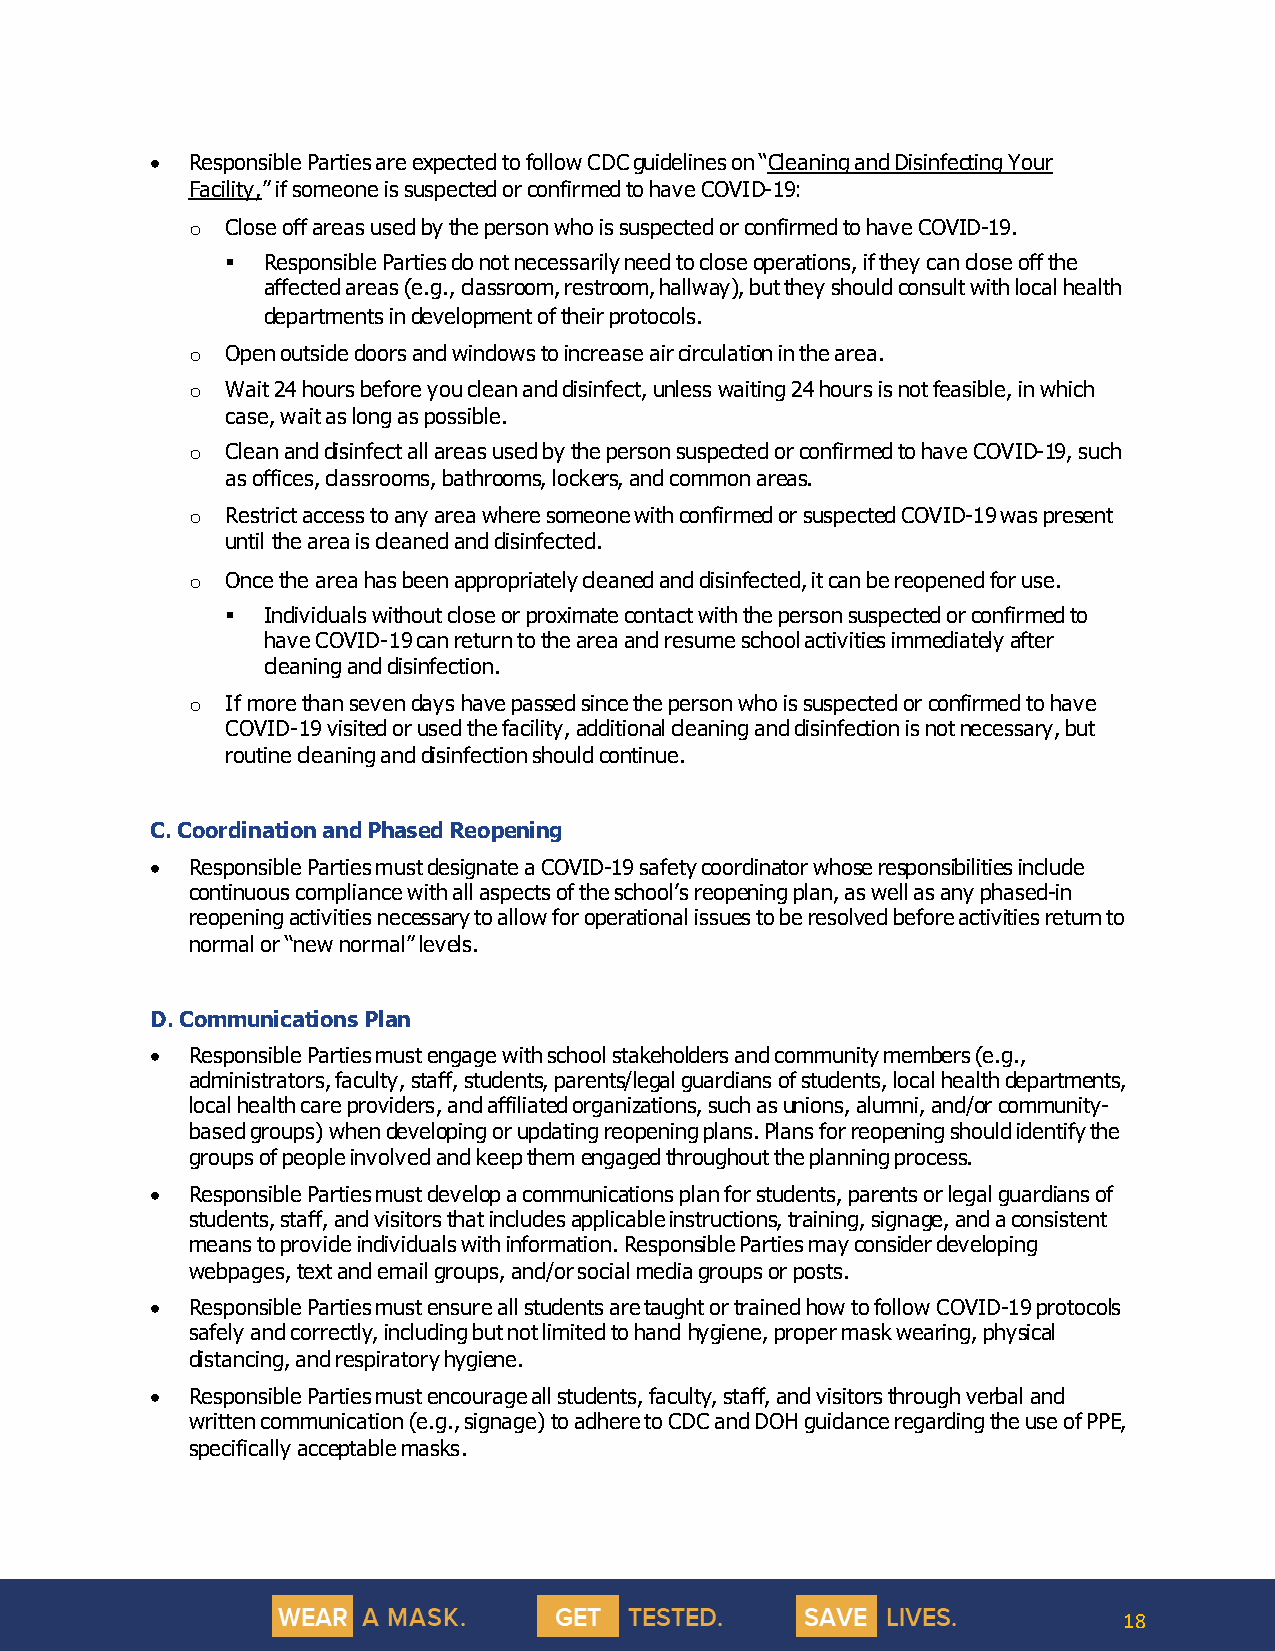
• Responsible Parties are expected to follow CDC guidelines on “Cleaning and Disinfecting Your
 Facility,” if someone is suspected or confirmed to have COVID-19:
 o  Close off areas used by the person who is suspected or confirmed to have COVID-19.
 ▪ Responsible Parties do not necessarily need to close operations, if they can close off the
 affected areas (e.g., classroom, restroom, hallway), but they should consult with local health
 departments in development of their protocols.
 o  Open outside doors and windows to increase air circulation in the area.
 o  Wait 24 hours before you clean and disinfect, unless waiting 24 hours is not feasible, in which
 case, wait as long as possible.
 o  Clean and disinfect all areas used by the person suspected or confirmed to have COVID-19, such
 as offices, classrooms, bathrooms, lockers, and common areas.
 o  Restrict access to any area where someone with confirmed or suspected COVID-19 was present
 until the area is cleaned and disinfected.
 o  Once the area has been appropriately cleaned and disinfected, it can be reopened for use.
 ▪ Individuals without close or proximate contact with the person suspected or confirmed to
 have COVID-19 can return to the area and resume school activities immediately after
 cleaning and disinfection.
 o  If more than seven days have passed since the person who is suspected or confirmed to have
 COVID-19 visited or used the facility, additional cleaning and disinfection is not necessary, but
 routine cleaning and disinfection should continue.
 C. Coordination and Phased Reopening
 • Responsible Parties must designate a COVID-19 safety coordinator whose responsibilities include
 continuous compliance with all aspects of the school’s reopening plan, as well as any phased-in
 reopening activities necessary to allow for operational issues to be resolved before activities return to
 normal or “new normal” levels.
 D. Communications Plan
 • Responsible Parties must engage with school stakeholders and community members (e.g.,
 administrators, faculty, staff, students, parents/legal guardians of students, local health departments,
 local health care providers, and affiliated organizations, such as unions, alumni, and/or community-
 based groups) when developing or updating reopening plans. Plans for reopening should identify the
 groups of people involved and keep them engaged throughout the planning process.
 • Responsible Parties must develop a communications plan for students, parents or legal guardians of
 students, staff, and visitors that includes applicable instructions, training, signage, and a consistent
 means to provide individuals with information. Responsible Parties may consider developing
 webpages, text and email groups, and/or social media groups or posts.
 • Responsible Parties must ensure all students are taught or trained how to follow COVID-19 protocols
 safely and correctly, including but not limited to hand hygiene, proper mask wearing, physical
 distancing, and respiratory hygiene.
 • Responsible Parties must encourage all students, faculty, staff, and visitors through verbal and
 written communication (e.g., signage) to adhere to CDC and DOH guidance regarding the use of PPE,
 specifically acceptable masks.
 18